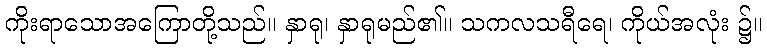
ကိုးရာသောအကြောတို့သည်။ နှာရု၊ နှာရုမည်၏။ သကလသရီရေ၊ ကိုယ်အလုံး ၌။